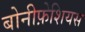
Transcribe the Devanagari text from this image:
बोनीफ़ेशियस